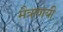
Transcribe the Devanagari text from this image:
मैत्राणयी